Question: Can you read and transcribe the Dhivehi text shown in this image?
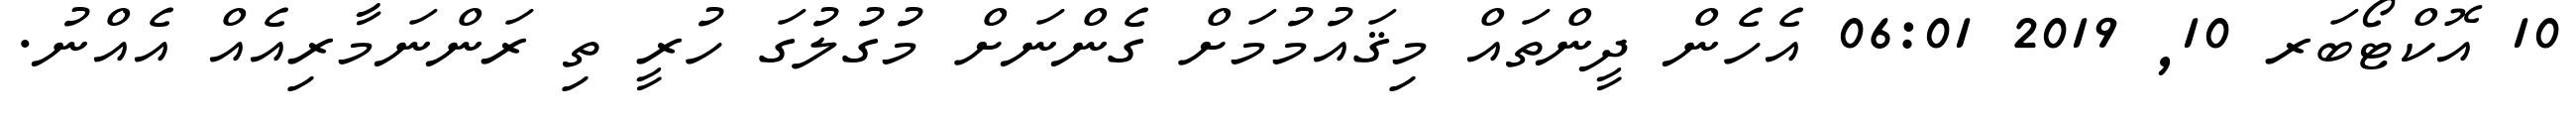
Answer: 10 އޮކްޓޯބަރ 10, 2019 06:01 އެހެން ދީންތައް މިޤައުމުމަށް ގެންނަށް މުގުލުގަ ހުރީ ތި ރަންނަމާރިއެއް އެއްނު.